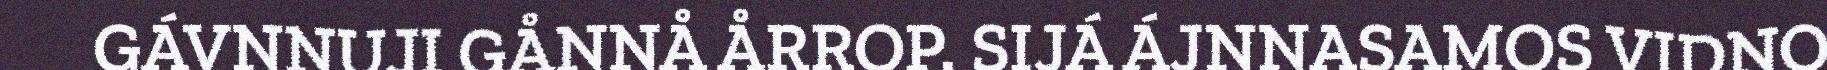
GÁVNNUJI GÅNNÅ ÅRROP. SIJÁ ÁJNNASAMOS VIDNO